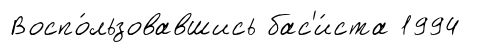
Воспо́льзовавшись бас'и́ста 1994